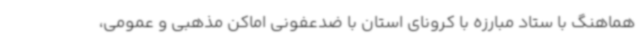
هماهنگ با ستاد مبارزه با کرونای استان با ضدعفونی اماکن مذهبی و عمومی،